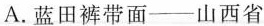
A.蓝田裤带面--山西省